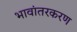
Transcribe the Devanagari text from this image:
भावांतरकरण